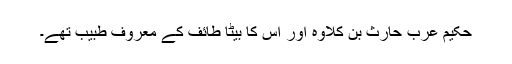
حکیم عرب حارث بن کلاوہ اور اس کا بیٹا طائف کے معروف طبیب تھے۔